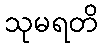
သုမရတိ